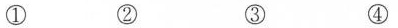
① ② ③ ④